system: You are a helpful assistant.
user:
Analyze the provided spectrum to determine if it is a **M-type Giant (gM)**.

A M-type Giant spectrum is defined by its **strong molecular absorption** features, particularly from **Titanium Oxide (TiO)**. You must check for one of the following mutually exclusive signatures:

- **Key Visual Indicators (Absorption-Dominated Spectrum):**

    - **(Primary):** The spectrum is dominated by strong molecular absorption from **Titanium Oxide (TiO)**. This is the **defining feature** of its M-type temperature class.
        - **(Key Bandheads):** Look for sharp, "saw-tooth" absorption valleys. The strongest are located near **~7050 Å**, **~6160 Å**, and **~5170 Å**.
        - **(Line Profile):** The "saw-tooth" morphology is critical: a **sharp, steep drop on the BLUE (short-wavelength) side** of the bandhead, followed by a gradual recovery (rising flux) towards the RED (long-wavelength) side.

    - **(Key Confirmation - Giant vs. Dwarf):** **ABSENCE** of strong **Calcium Hydride (CaH)** molecular bands. This is the primary diagnostic for *excluding* M-dwarfs.
        - **(Key Region):** The spectrum should lack the strong, broad absorption band seen in dwarfs between **~6800 Å and ~7000 Å**.

    - **(Secondary Confirmation - Giant):** A very strong and broad **Neutral Calcium (Ca I)** atomic absorption line.
        - **(Key Line):** Located at **~4226 Å**. In a giant (gM), this line is significantly deeper and broader than the same line in an M-dwarf (dM) due to low surface gravity.

    - **(Overall Spectrum):**
        - The continuum is **extremely red-sloping** (i.e., flux is very low in the blue and rises dramatically towards the red).
        - The entire spectrum appears "chopped up" by the deep TiO bands.

Think first, call **spectral_visualization_tool** if needed to examine features in detail, then provide your final answer. Your response must adhere to the following strict rules:
1.  **Overall Structure:** Your response must follow the format `<think>...</think> <tool_call>...</tool_call> (if a tool is used) <answer>...</answer>`.
2.  **Tool Usage Constraint:** You may only make **one** tool call per turn.
3.  **Final Answer Format:** In the `<answer>` tag, your conclusion must be inside a `\boxed{}` command (e.g., `\boxed{YES}` or `\boxed{NO}`), followed by your justification.

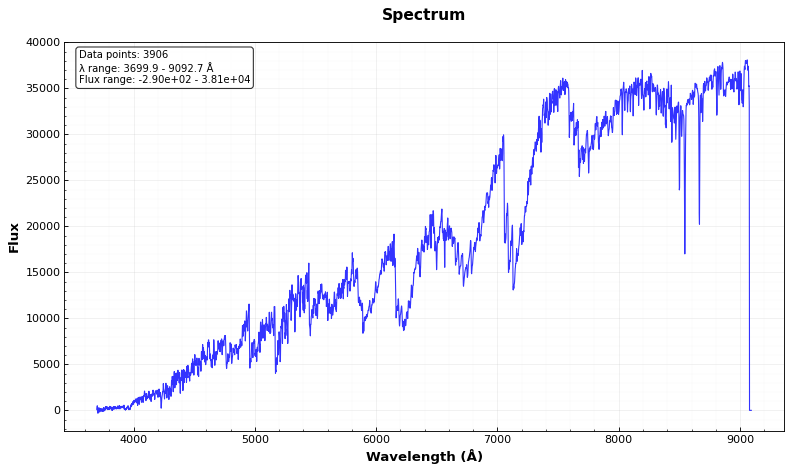
Answer: YES